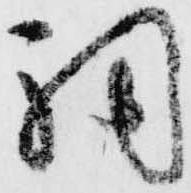
伺